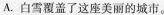
A.白雪覆盖了这座美丽的城市。